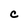
Character: C